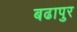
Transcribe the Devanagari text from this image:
बढापुर